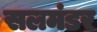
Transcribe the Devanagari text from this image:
सलमंडर